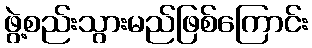
ဖွဲ့စည်းသွားမည်ဖြစ်ကြောင်း